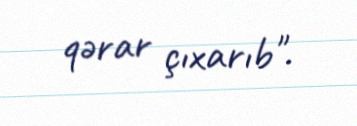
qərar çıxarıb".